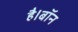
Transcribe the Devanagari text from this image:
है।बॉन